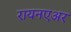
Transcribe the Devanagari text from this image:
रायनएअर